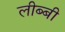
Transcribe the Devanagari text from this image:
लीब्बी